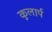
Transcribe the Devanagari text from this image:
कुलार्प